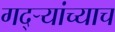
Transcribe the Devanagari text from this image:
गद्र्‍यांच्याच